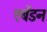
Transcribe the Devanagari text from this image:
एबेंडन